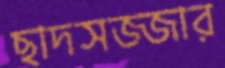
ছাদসজ্জার